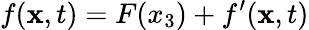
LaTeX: f(\mathbf{x},t)=F(x_{3})+f^{\prime}(\mathbf{x},t)